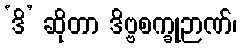
‘ဒိ’ ဆိုတာ ဒိဗ္ဗစက္ခုဉာဏ်၊